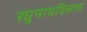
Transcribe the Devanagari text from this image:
रघुनाथविलास